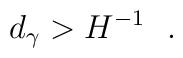
d_\gamma>H^{-1}        \ \ .